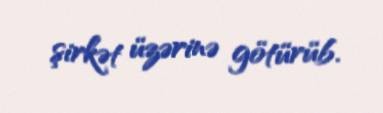
şirkət üzərinə götürüb.